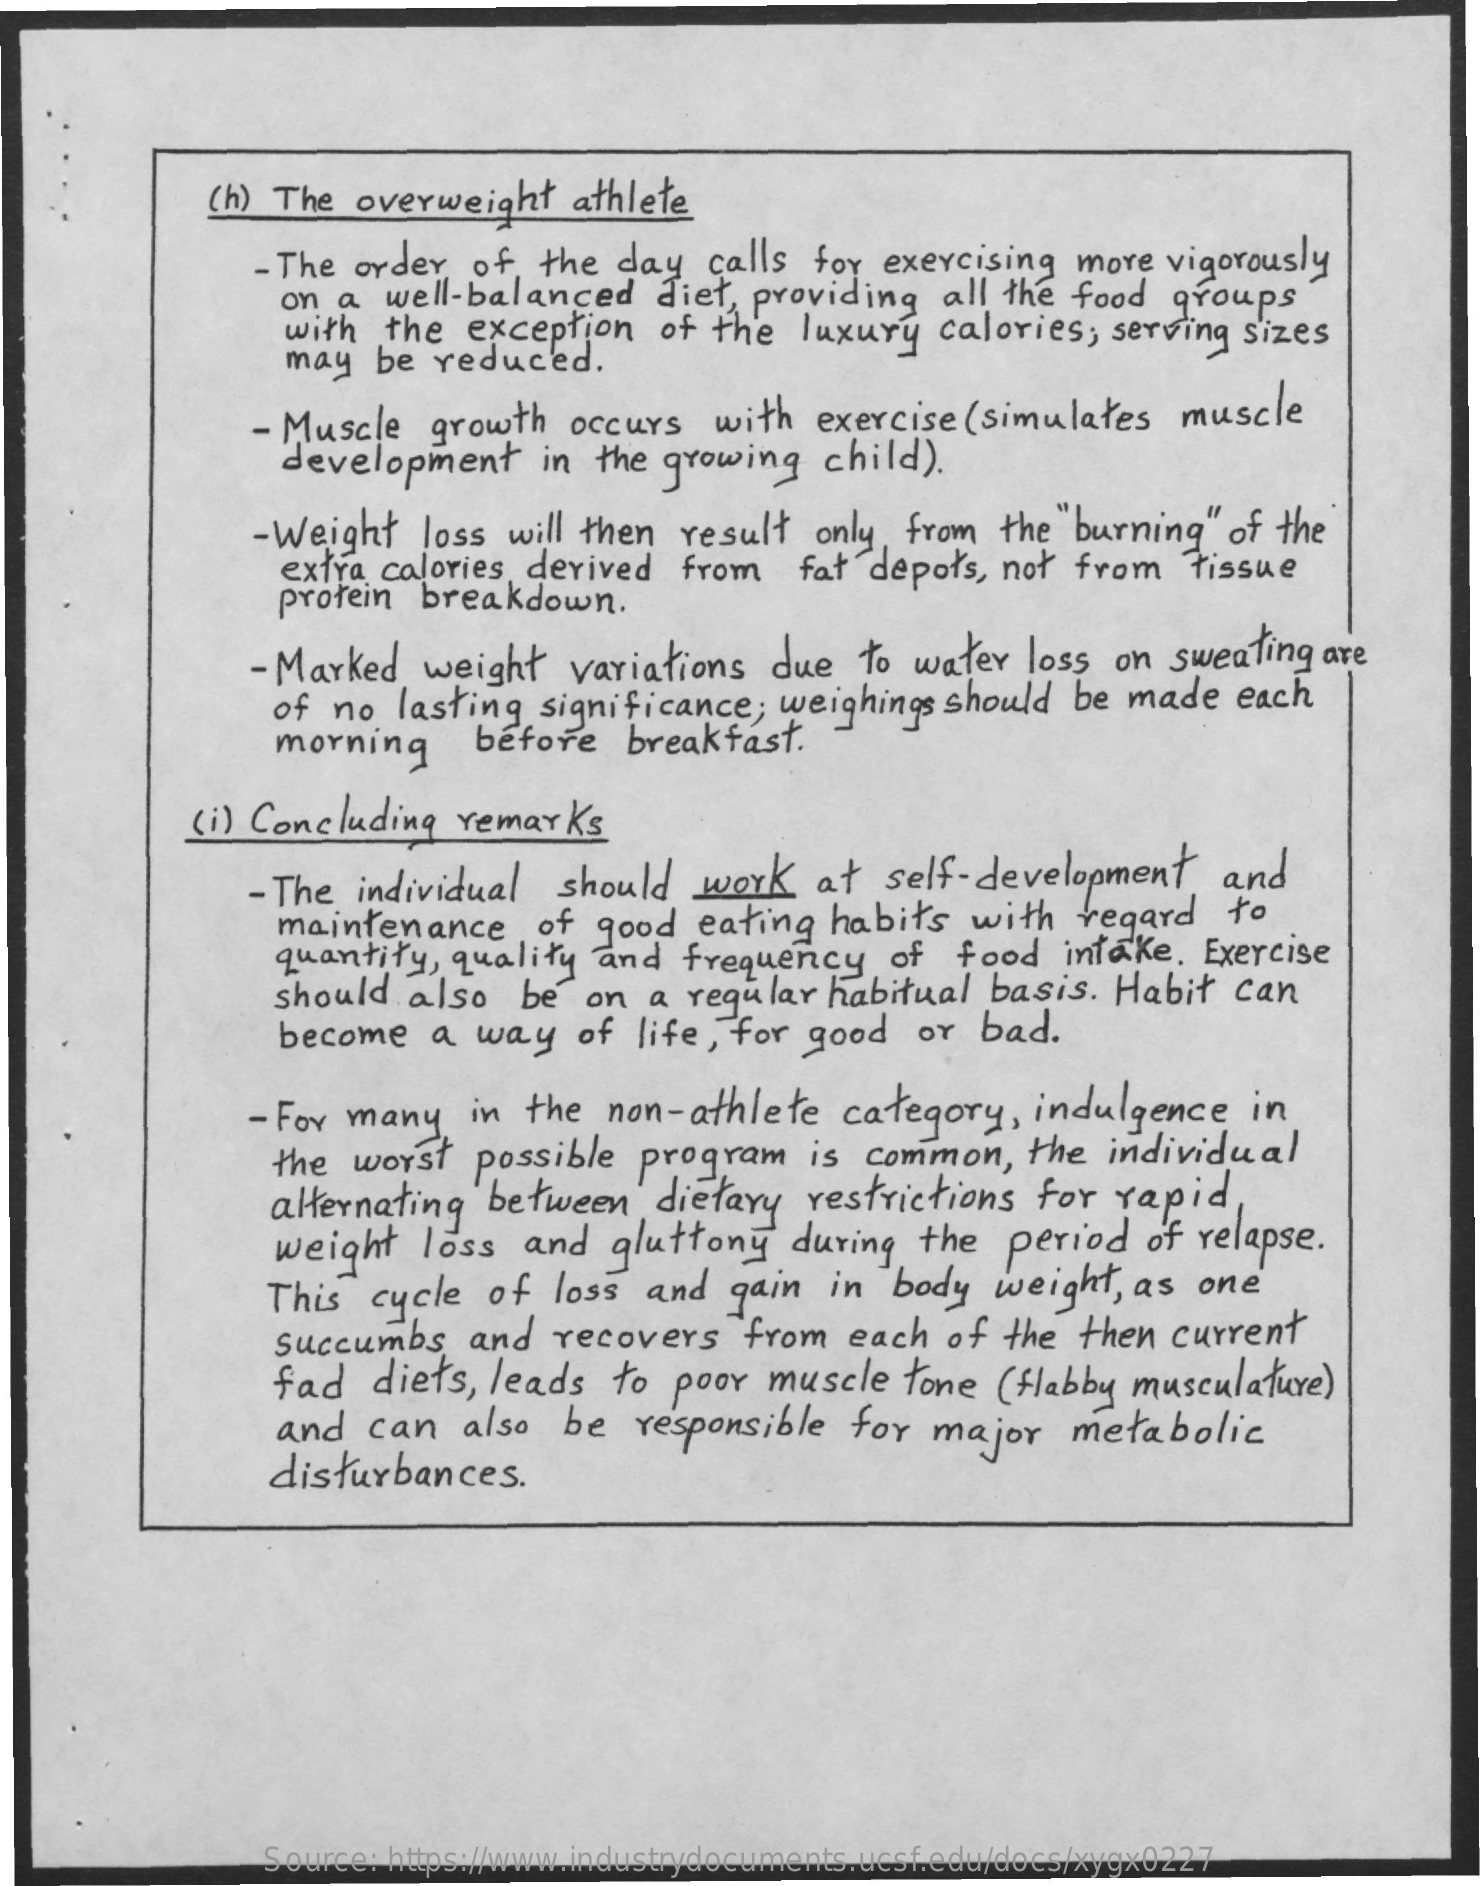
(h) The  overweight    athlete
     - The order  of  the  day   calls for  exercising more  vigorously
     on a  well-balanced    diet, providing   all the food  groups
     with  the  exception   of the  luxury   calories;  serving sizes
     may  be  reduced.
     - Muscle   growth  occurs   with  exercise(simulates    muscle
     development    in the growing   child).
     - Weight  loss will then  result  only, from  the  burning" of the
     extra  calories derived  from    fat depots, not  from   tissue
     protein  breakdown.
     - Marked  weight   variations  due   to water  loss  on  sweating are
     of no  lasting  significance;  weighings  should be  made   each
     morning    before    breakfast.
     (i) Concluding  remarks
     - The individual  should   work    at  self-development    and
     maintenance    of  good  eating  habits   with   regard   to
     quantity,  quality  and  frequency    of  food   intake.  Exercise
     should  also   be  on  a regular  habitual  basis.  Habit  can
     become    a way    of life, for  good   or  bad.
     - For many   in the  non-athlete    category,   indulgence    in
     the worst   possible  program    is common,    the  individual
     alternating  between    dietary  restrictions  for  rapid,
     weight   loss  and   gluttony   during  the  period   of relapse.
     This  cycle  of  loss  and  gain  in  body  weight,  as  one
     Succumbs    and  recovers    from   each  of the  then  current
     fad   diets, leads   to  poor muscle   tone  (flabby musculature)
     and   can   also  be  responsible   for  major   metabolic
     disturbances.
     Source: https://www.industrydocuments.ucsf.edu/docs/xygx0227